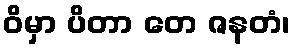
ဝိမှာ ပိတာ တေ ဇနတံ၊